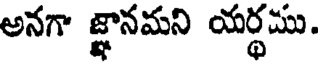
అనగా జ్ఞానమని యర్థము.